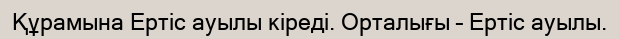
Құрамына Ертіс ауылы кіреді. Орталығы – Ертіс ауылы.